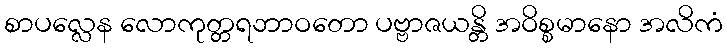
စာပလ္လေန လောကုတ္တရဘာဝတော ပဗ္ဗာဇယန္တိ အဝိစ္စမာနော အလိကံ